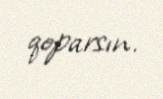
qoparsın.